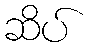
ဆိပ်